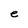
Character: e